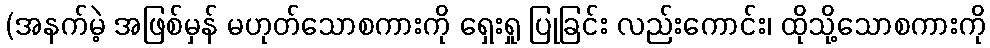
(အနက်မဲ့ အဖြစ်မှန် မဟုတ်သောစကားကို ရှေးရှု ပြုခြင်း လည်းကောင်း၊ ထိုသို့သောစကားကို